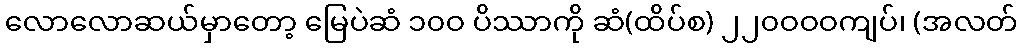
လောလောဆယ်မှာတော့ မြေပဲဆံ ၁၀ဝ ပိဿာကို ဆံ(ထိပ်စ) ၂၂၀ဝဝဝကျပ်၊ (အလတ်